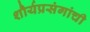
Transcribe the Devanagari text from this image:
शौर्यप्रसंगांची